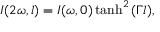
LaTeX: I ( 2 \omega , l ) = I ( \omega , 0 ) \operatorname { t a n h } ^ { 2 } { ( \Gamma l ) } ,